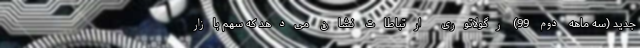
جدید (سه ماهه دوم 99) رگولاتوری ارتباطات نشان می‌دهد که سهم بازار